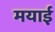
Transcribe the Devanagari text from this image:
मयाई